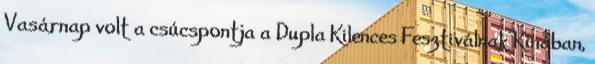
Vasárnap volt a csúcspontja a Dupla Kilences Fesztiválnak Kínában,